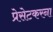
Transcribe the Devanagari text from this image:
प्रेसेटकरना